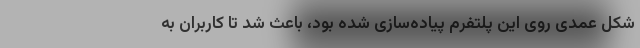
شکل عمدی روی این پلتفرم پیاده‌سازی شده بود، باعث شد تا کاربران به